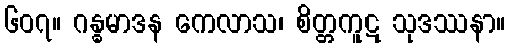
၆၀၇။ ဂန္ဓမာဒန ကေလာသ၊ စိတ္တကူဋ သုဒဿနာ။